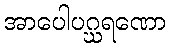
အာပေါပဂ္ဃရဏော